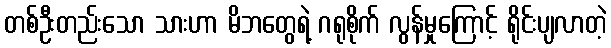
တစ်ဦးတည်းသော သားဟာ မိဘတွေရဲ့ ဂရုစိုက် လွန်မှုကြောင့် ရိုင်းပျလာတဲ့